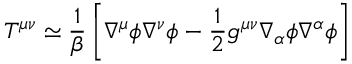
T ^ { \mu \nu } \simeq \frac { 1 } { \beta } \left[ \nabla ^ { \mu } \phi \nabla ^ { \nu } \phi - \frac { 1 } { 2 } g ^ { \mu \nu } \nabla _ { \alpha } \phi \nabla ^ { \alpha } \phi \right]